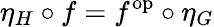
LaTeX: \eta_{H}\circ f=f^{\mathrm{op}}\circ\eta_{G}